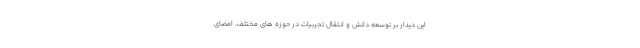
این دیدار بر توسعه دانش و انتقال تجربیات در حوزه های مختلف، امضای